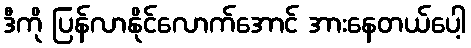
ဒီကို ပြန်လာနိုင်လောက်အောင် အားနေတယ်ပေါ့